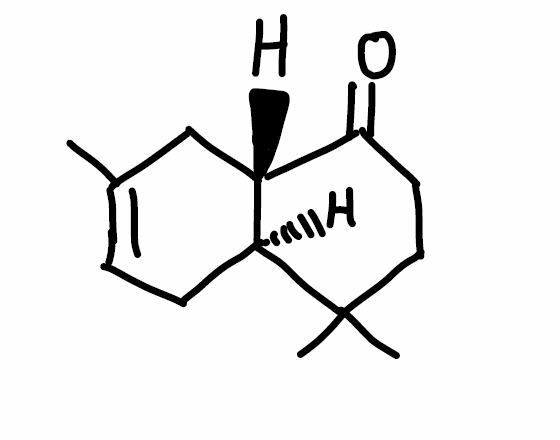
Simplified molecular-input line-entry system (SMILES) notation of the given molecule:
CC1=CC[C@H]2[C@H](C1)C(=O)CCC2(C)C